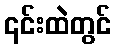
၎င်းထဲတွင်